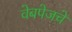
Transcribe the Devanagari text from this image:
वेबपेजचे